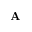
{ \bf A }